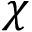
\chi